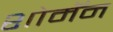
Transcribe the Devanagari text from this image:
शोमॅन